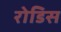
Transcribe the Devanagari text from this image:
रोडिस